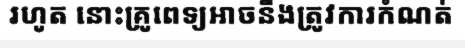
រហូត នោះគ្រូពេទ្យអាចនឹងត្រូវការកំណត់